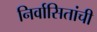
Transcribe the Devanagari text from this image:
निर्वासितांची